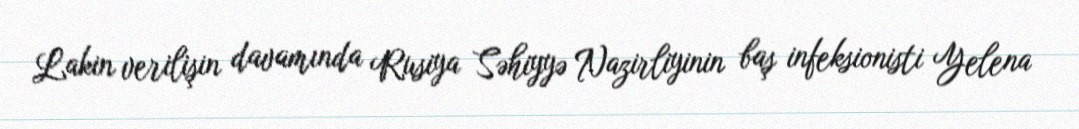
Lakin verilişin davamında Rusiya Səhiyyə Nazirliyinin baş infeksionisti Yelena